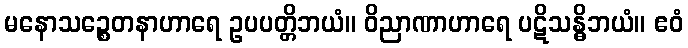
မနောသဉ္စေတနာဟာရေ ဥပပတ္တိဘယံ။ ဝိညာဏာဟာရေ ပဋိသန္ဓိဘယံ။ ဧဝံ